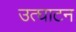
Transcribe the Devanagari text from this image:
उत्घाटन